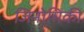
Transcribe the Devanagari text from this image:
जिनोमिकी